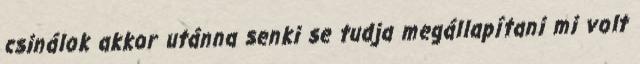
csinálok akkor utánna senki se tudja megállapítani mi volt